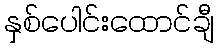
နှစ်ပေါင်းထောင်ချီ